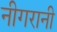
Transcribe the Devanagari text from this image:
नीगरानी